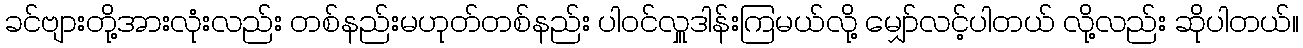
ခင်ဗျားတို့အားလုံးလည်း တစ်နည်းမဟုတ်တစ်နည်း ပါဝင်လှူဒါန်းကြမယ်လို့ မျှော်လင့်ပါတယ် လို့လည်း ဆိုပါတယ်။